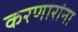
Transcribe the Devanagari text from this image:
करणारांना